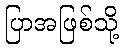
ပြာအဖြစ်သို့